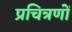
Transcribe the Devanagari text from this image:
प्रचित्रणों